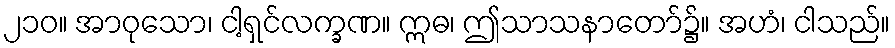
၂၁၀။ အာဝုသော၊ ငါ့ရှင်လက္ခဏ။ ဣဓ၊ ဤသာသနာတော်၌။ အဟံ၊ ငါသည်။